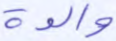
والدة